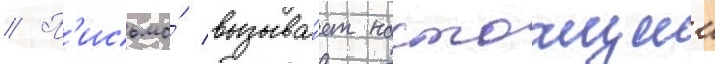
// П'исьмо́ вызыва́ет настоащии